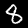
Digit: 8